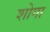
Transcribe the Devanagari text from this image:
शोगा